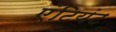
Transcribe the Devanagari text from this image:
एंटियंट